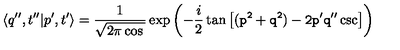
\langle q ^ { \prime \prime } , t ^ { \prime \prime } | p ^ { \prime } , t ^ { \prime } \rangle = { \frac { 1 } { \sqrt { 2 \pi \cos \tt } } } \exp \left( - { \frac { i } { 2 } } \tan \tt \left[ ( p ^ { 2 } + q ^ { 2 } ) - 2 p ^ { \prime } q ^ { \prime \prime } \csc \tt \right] \right)